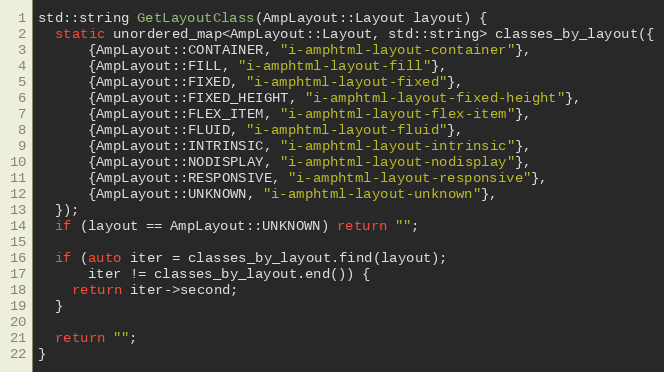
Language: C++
std::string GetLayoutClass(AmpLayout::Layout layout) {
  static unordered_map<AmpLayout::Layout, std::string> classes_by_layout({
      {AmpLayout::CONTAINER, "i-amphtml-layout-container"},
      {AmpLayout::FILL, "i-amphtml-layout-fill"},
      {AmpLayout::FIXED, "i-amphtml-layout-fixed"},
      {AmpLayout::FIXED_HEIGHT, "i-amphtml-layout-fixed-height"},
      {AmpLayout::FLEX_ITEM, "i-amphtml-layout-flex-item"},
      {AmpLayout::FLUID, "i-amphtml-layout-fluid"},
      {AmpLayout::INTRINSIC, "i-amphtml-layout-intrinsic"},
      {AmpLayout::NODISPLAY, "i-amphtml-layout-nodisplay"},
      {AmpLayout::RESPONSIVE, "i-amphtml-layout-responsive"},
      {AmpLayout::UNKNOWN, "i-amphtml-layout-unknown"},
  });
  if (layout == AmpLayout::UNKNOWN) return "";

  if (auto iter = classes_by_layout.find(layout);
      iter != classes_by_layout.end()) {
    return iter->second;
  }

  return "";
}